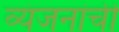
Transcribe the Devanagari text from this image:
व्यंजनांची